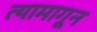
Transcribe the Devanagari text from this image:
त्यामागून